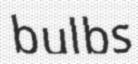
bulbs